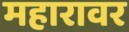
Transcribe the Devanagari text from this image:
महारावर